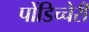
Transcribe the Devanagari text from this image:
पोंडिच्चेरी